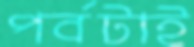
পর্বটাই